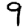
Digit: 9